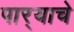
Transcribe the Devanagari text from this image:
पार्‍याचे